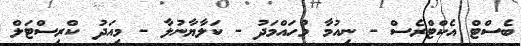
ބެސްޓް އެކްޓްރެސް - ނިއުމާ މުހައްމަދު - ކަލާޔާނުލާ - މިއަދު ކްރިސްޓަލް